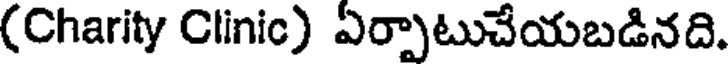
(Charity Clinic) ఏర్పాటుచేయబడినది.